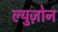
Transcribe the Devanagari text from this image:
ल्युज़ोन